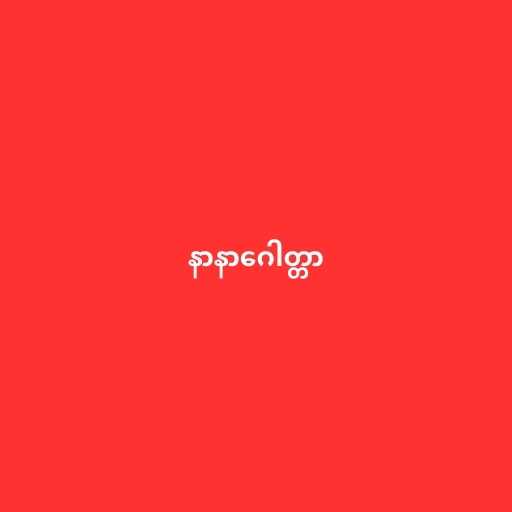
နာနာဂေါတ္တာ